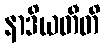
နာဒိယတီတိ